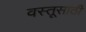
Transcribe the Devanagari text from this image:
वस्तूसाठी